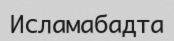
Исламабадта